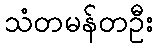
သံတမန်တဦး